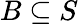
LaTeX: B\subseteq S